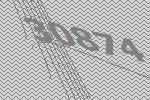
30874